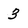
Character: 3